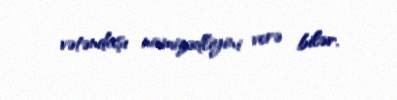
vətəndaşı namizədliyini verə bilər.